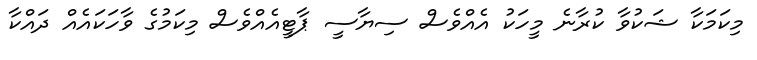
މިކަމަކާ ޝަކުވާ ކުރާނެ މީހަކު އެއްވެސް ސިޔާސީ ޕާޓީއެއްވެސް މިކަމުގެ ވާހަކައެއް ދައްކާ